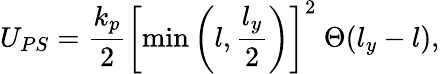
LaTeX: U_{PS}=\frac{k_{p}}{2}\left[\operatorname*{min}\left(l,\frac{l_{y}}{2}\right)\right]^{2}~\Theta(l_{y}-l),